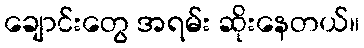
ချောင်းတွေ အရမ်း ဆိုးနေတယ်။